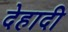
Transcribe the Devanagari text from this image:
देहादी